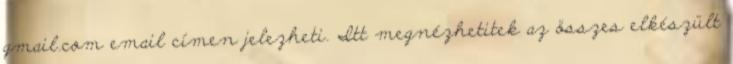
gmail.com email címen jelezheti. Itt megnézhetitek az összes elkészült